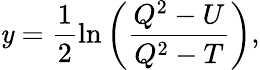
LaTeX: \mathit{y}=\frac{{1}}{{2}}\ln\left(\frac{{Q^{2}-U}}{{Q^{2}-T}}\right),